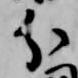
分